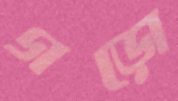
গড়ো